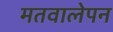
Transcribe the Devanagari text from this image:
मतवालेपन